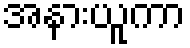
အနားယူကာ